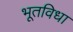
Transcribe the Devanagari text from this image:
भूतविधा